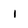
Character: i